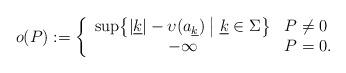
LaTeX: \begin{align*}o(P) := \left\{\begin{array}{cl}\sup\bigl\{|\underline{k}| - \upsilon(a_{\underline{k}}) \; \big|\; \underline{k} \in \Sigma \bigr\} & P \ne 0\\-\infty & P = 0.\end{array}\right.\end{align*}